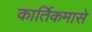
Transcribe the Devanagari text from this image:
कार्तिकमासे